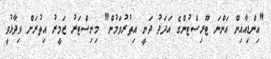
"އިންޑިއާއިން އަންނަ ޓޫރިސްޓުންގެ އަދަދު ދަނީ އިތުރުވަމުން" މިނިސްޓަރު ޒަމީރު އިތުރަށް ވިދާޅުވީ